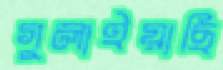
গুলাইয়াছি